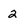
Character: 2